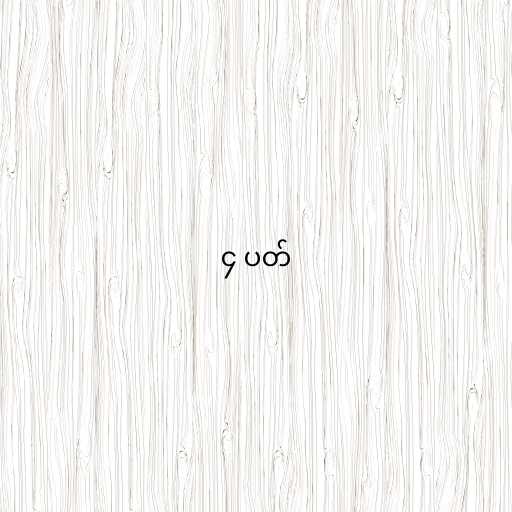
၄ ပတ်